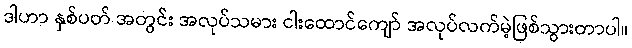
ဒါဟာ နှစ်ပတ် အတွင်း အလုပ်သမား ငါးထောင်ကျော် အလုပ်လက်မဲ့ဖြစ်သွားတာပါ။